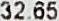
32.65